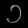
Digit: ၁